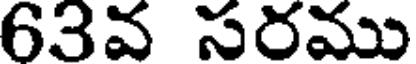
63వ సరము